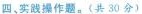
四、实践操作题。(共30分)